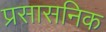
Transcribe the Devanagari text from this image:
प्रसासनिक